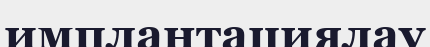
имплантациялау